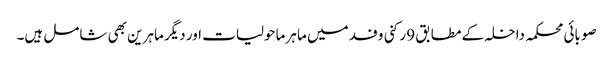
صوبائی محکمہ داخلہ کے مطابق 9 رکنی وفد میں ماہر ماحولیات اور دیگر ماہرین بھی شامل ہیں۔